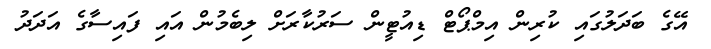
އޭގެ ބަދަލުގައި ކުރިން އިމްޕޯޓް ޑިއުޓީން ސަރުކާރަށް ލިބެމުން އައި ފައިސާގެ އަދަދު